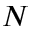
{ \cal N }